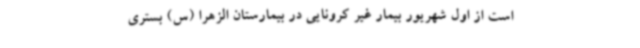
است از اول شهریور بیمار غیر کرونایی در بیمارستان الزهرا (س) بستری